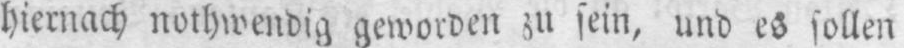
hiernach nothwendig geworden zu sein, und es sollen